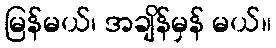
မြန်မယ်၊ အချိန်မှန် မယ်။